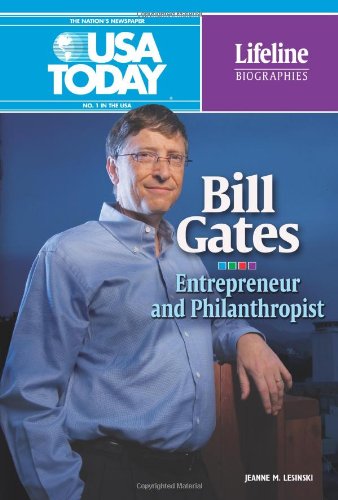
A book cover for Bill Gates: Entrepreneur and Philanthropist (USA Today Lifeline Biographies); Jeanne M. Lesinski; Children's Books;